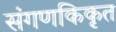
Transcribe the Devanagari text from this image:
संगणकिकृत